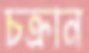
চক্রান